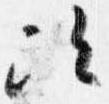
次